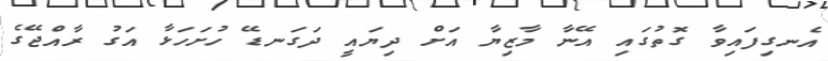
އެނގިފައިވާ ގޮތުގައި އޭނާ މާޒިޔާ އަށް ދިޔައީ ދަގަނޑޭ ހުށަހަޅާ އަގު ރާއްޖޭގެ